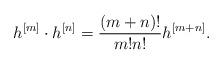
LaTeX: \begin{align*} h^{[m]} \cdot h^{[n]} = \frac{(m + n)!}{m! n!} h^{[m + n]}. \end{align*}